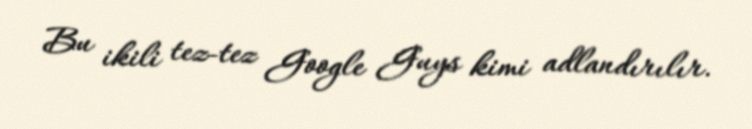
Bu ikili tez-tez Google Guys kimi adlandırılır.